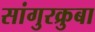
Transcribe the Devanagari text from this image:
सांगुरक्रुबा